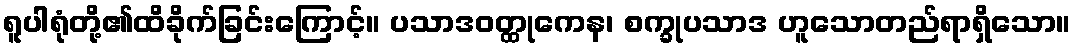
ရူပါရုံတို့၏ထိခိုက်ခြင်းကြောင့်။ ပသာဒဝတ္ထုကေန၊ စက္ခုပသာဒ ဟူသောတည်ရာရှိသော။